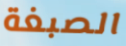
الصبغة